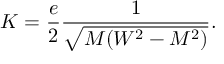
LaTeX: K = { \frac { e } { 2 } } { \frac { 1 } { \sqrt { M ( W ^ { 2 } - M ^ { 2 } ) } } } . \,